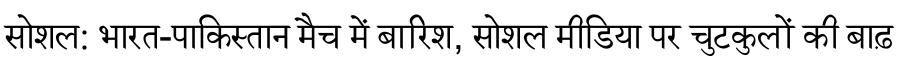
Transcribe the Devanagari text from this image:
सोशल: भारत-पाकिस्तान मैच में बारिश, सोशल मीडिया पर चुटकुलों की बाढ़